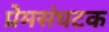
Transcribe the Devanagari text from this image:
प्रेमसंघटक